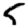
Digit: 5